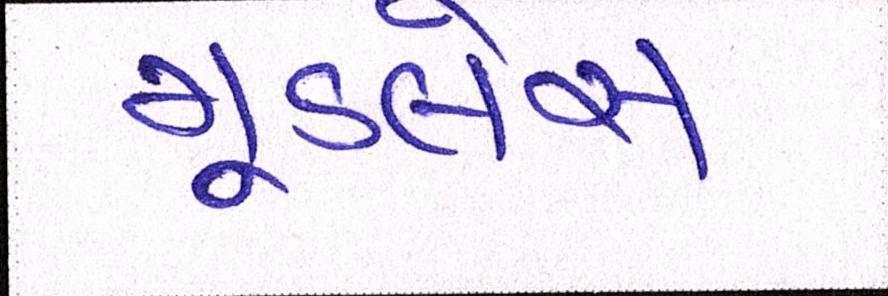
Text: મૂડલેસ